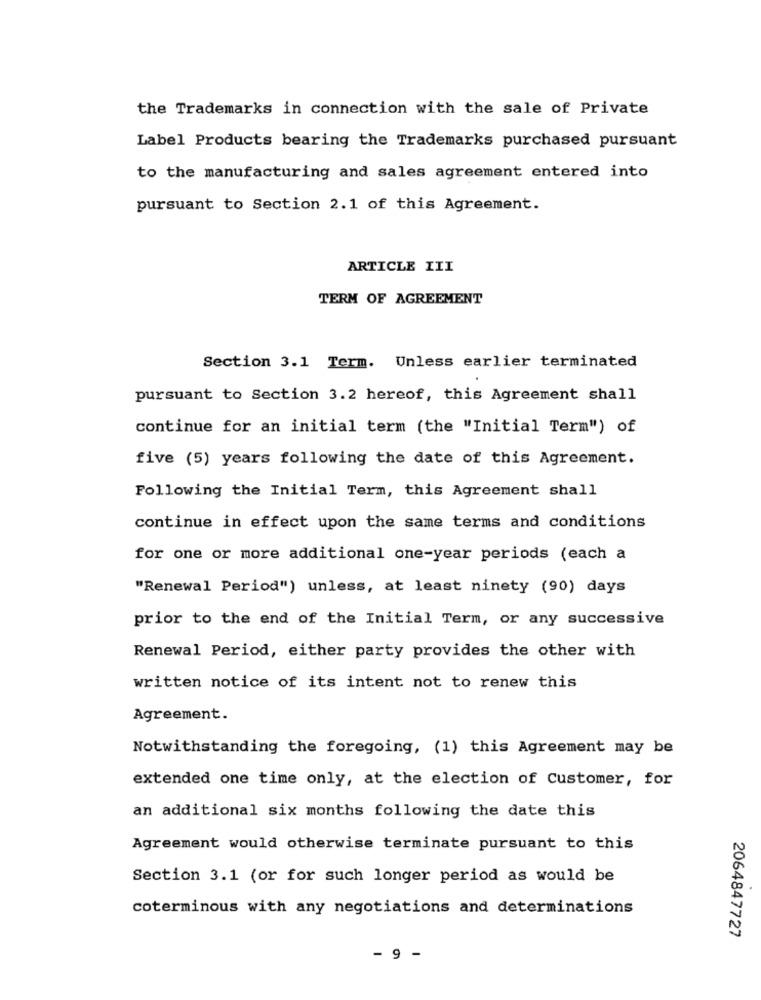
the Trademarks in connection with the sale of Private
Label Products bearing the Trademarks purchased pursuant
to the manufacturing and sales agreement entered into
pursuant to Section 2.1 of this Agreement.
ARTICLE III
TERM OF AGREEMENT
Section 3.1 Term. Unless earlier terminated
pursuant to Section 3.2 hereof, this Agreement shall
continue for an initial term (the "Initial Term") of
five (5) years following the date of this Agreement.
Following the Initial Term, this Agreement shall
continue in effect upon the same terms and conditions
for one or more additional one-year periods (each a
"Renewal Period") unless, at least ninety (90) days
prior to the end of the Initial Term, or any successive
Renewal Period, either party provides the other with
written notice of its intent not to renew this
Agreement.
Notwithstanding the foregoing, (1) this Agreement may be
extended one time only, at the election of Customer, for
an additional six months following the date this
Agreement would otherwise terminate pursuant to this
Section 3.1 (or for such longer period as would be
coterminous with any negotiations and determinations
2064847727
- 9 -